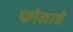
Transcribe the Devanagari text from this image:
फोलाचे